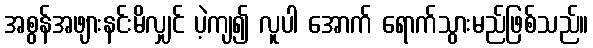
အစွန်အဖျားနင်းမိလျှင် ပဲ့ကျ၍ လူပါ အောက် ရောက်သွားမည်ဖြစ်သည်။